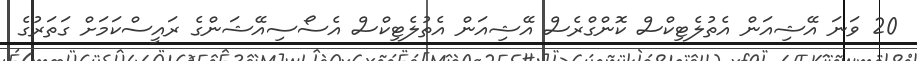
20 ވަނަ އޭޝިއަން އެތުލެޓިކްސް ކޮންގްރެސް އޭޝިއަން އެތުލެޓިކްސް އެސޯސިއޭޝަންގެ ރައީސްކަމަށް ގަތަރުގެ